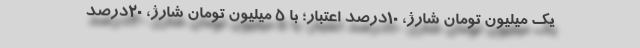
یک میلیون تومان شارژ، ۱۰درصد اعتبار؛ با ۵ میلیون تومان شارژ، ۲۰درصد